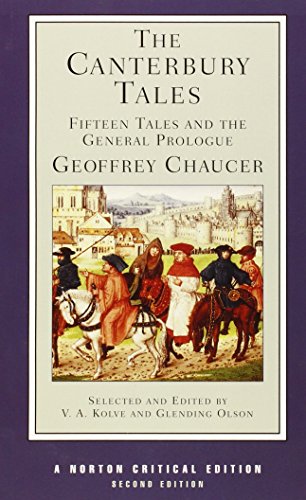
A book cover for The Canterbury Tales: Fifteen Tales and the General Prologue (Norton Critical Editions); Geoffrey Chaucer; Literature & Fiction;